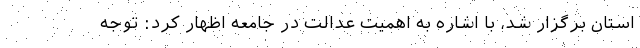
استان برگزار شد، با اشاره به اهمیت عدالت در جامعه اظهار کرد: توجه